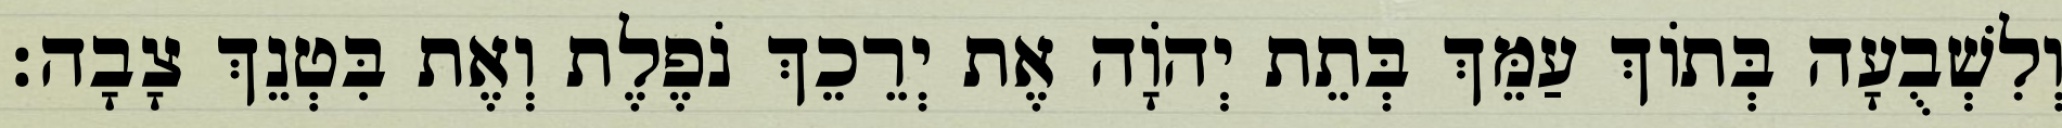
וְלִשְׁבֻעָה בְּתוֹךְ עַמֵּךְ בְּתֵת יְהוָֹה אֶת יְרֵכֵךְ נֹפֶלֶת וְאֶת בִּטְנֵךְ צָבָה׃